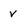
Character: V